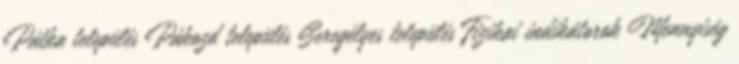
Pátka település Pákozd település Seregélyes település Fizikai indikátorok Mennyiség